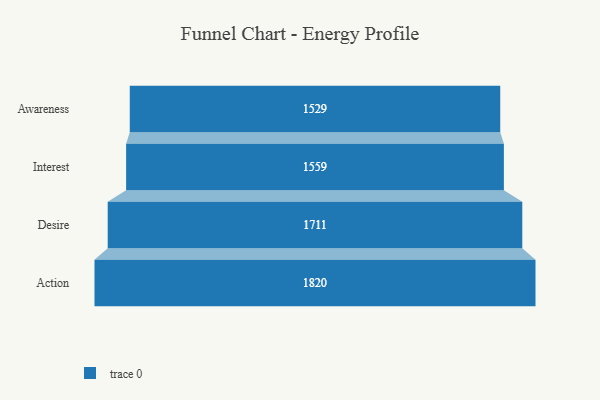
{"axis": {"x": "Stage", "y": "Value"}, "legend": [""], "data": [{"x": "Awareness", "y": 1529.0, "type": ""}, {"x": "Interest", "y": 1559.0, "type": ""}, {"x": "Desire", "y": 1711.0, "type": ""}, {"x": "Action", "y": 1820.0, "type": ""}]}